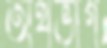
অর্থভাগ